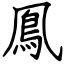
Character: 鳯